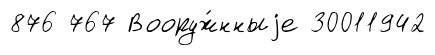
876 767 Вооруж́нныjе 30011942